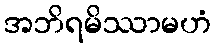
အဘိရမိဿာမဟံ